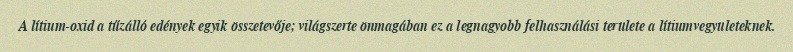
A lítium-oxid a tűzálló edények egyik összetevője; világszerte önmagában ez a legnagyobb felhasználási területe a lítiumvegyületeknek.